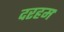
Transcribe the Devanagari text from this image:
दरहम